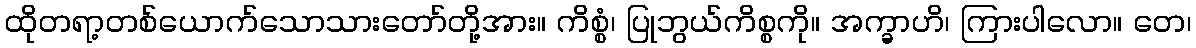
ထိုတရာ့တစ်ယောက်သောသားတော်တို့အား။ ကိစ္စံ၊ ပြုဘွယ်ကိစ္စကို။ အက္ခာဟိ၊ ကြားပါလော။ တေ၊